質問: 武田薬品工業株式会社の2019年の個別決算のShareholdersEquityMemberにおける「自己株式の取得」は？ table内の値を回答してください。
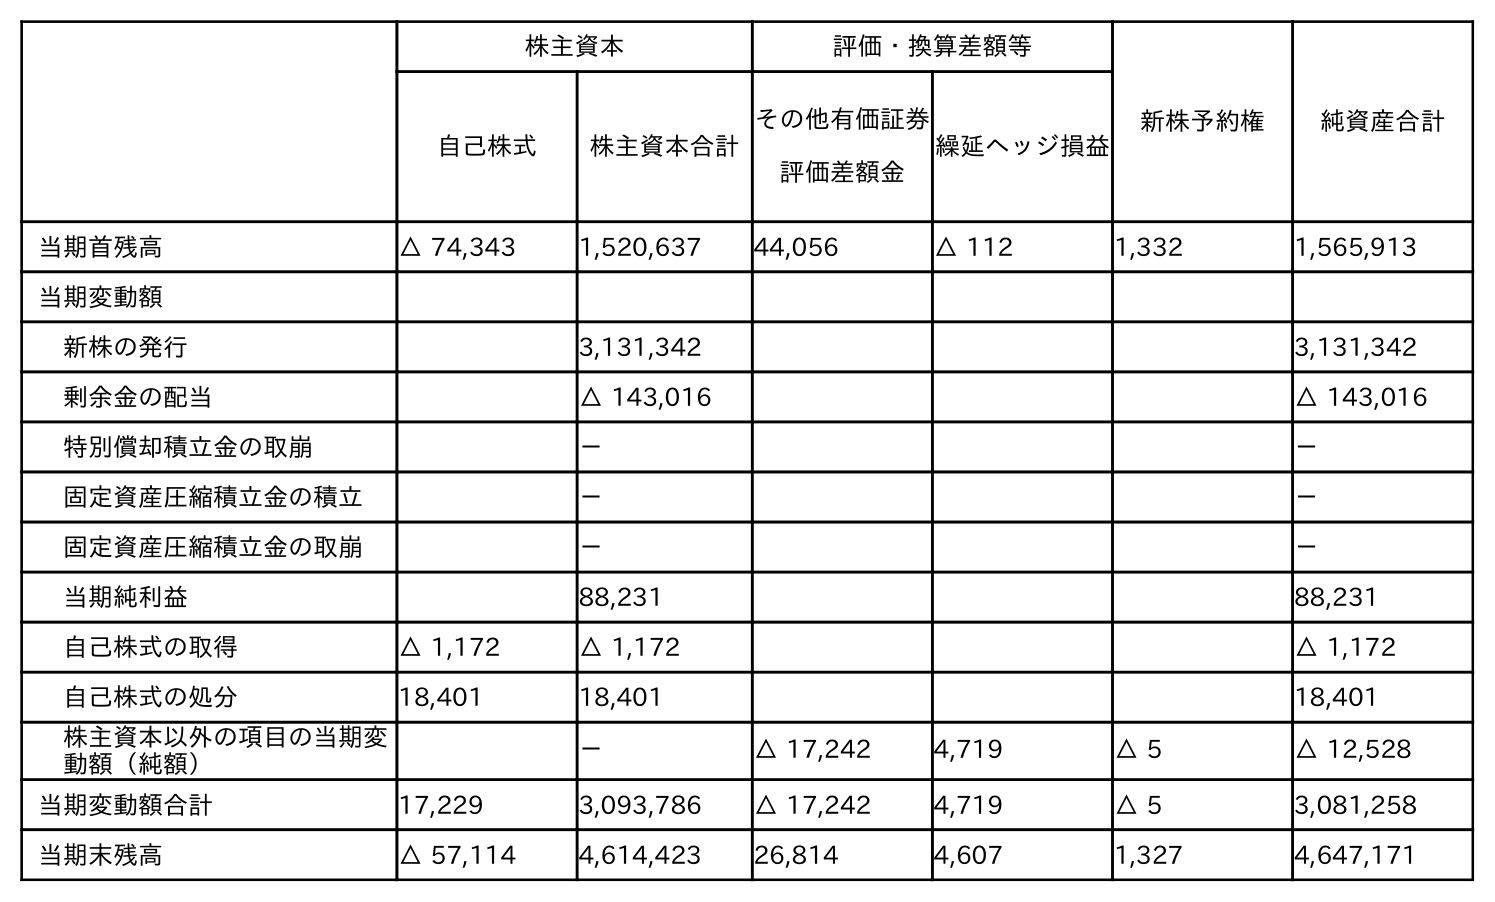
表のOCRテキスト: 株主資本 評価・換算差額等 新株予約権 純資産合計 自己株式 株主資本合計 その他有価証券 評価差額金 繰延ヘッジ損益 当期首残高 △ 74,343 1,520,637 44,056 △ 112 1,332 1,565,913 当期変動額 新株の発行 3,131,342 3,131,342 剰余金の配当 △ 143,016 △ 143,016 特別償却積立金の取崩 － － 固定資産圧縮積立金の積立 － － 固定資産圧縮積立金の取崩 － － 当期純利益 88,231 88,231 自己株式の取得 △ 1,172 △ 1,172 △ 1,172 自己株式の処分 18,401 18,401 18,401 株主資本以外の項目の当期変 動額（純額） － △ 17,242 4,719 △ 5 △ 12,528 当期変動額合計 17,229 3,093,786 △ 17,242 4,719 △ 5 3,081,258 当期末残高 △ 57,114 4,614,423 26,814 4,607 1,327 4,647,171
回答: △1,172